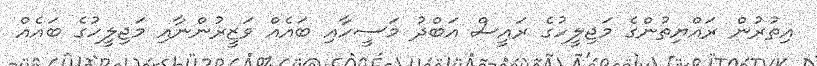
އިތުރުން ރައްޔިތުންގެ މަޖިލީހުގެ ރައީސް އަބްދު މަސީހާއި ބައެއް ވަޒީރުންނާއި މަޖިލީހުގެ ބައެއް